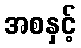
အစနှင့်